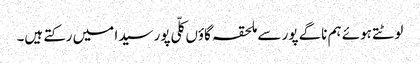
لوٹتے ہوئے ہم ناگے پور سے ملحقہ گاؤں کلّی پور سیدا میں رکتے ہیں۔